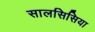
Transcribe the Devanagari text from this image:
सालसिसिया